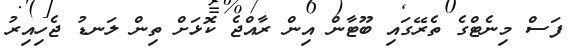
ފަސް މިނެޓްގެ ތެރޭގައި ބޫޓާން އިން ރާއްޖެ ކޮޅަށް ތިން ލަނޑު ޖެހިއިރު